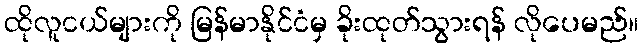
ထိုလူငယ်များကို မြန်မာနိုင်ငံမှ ခိုးထုတ်သွားရန် လိုပေမည်။